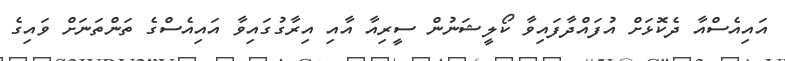
އައިއެސްއާ ދެކޮޅަށް އުފައްދާފައިވާ ކޯލީޝަނުން ސީރިއާ އާއި އިރާގުގައިވާ އައިއެސްގެ ތަންތަނަށް ވައިގެ